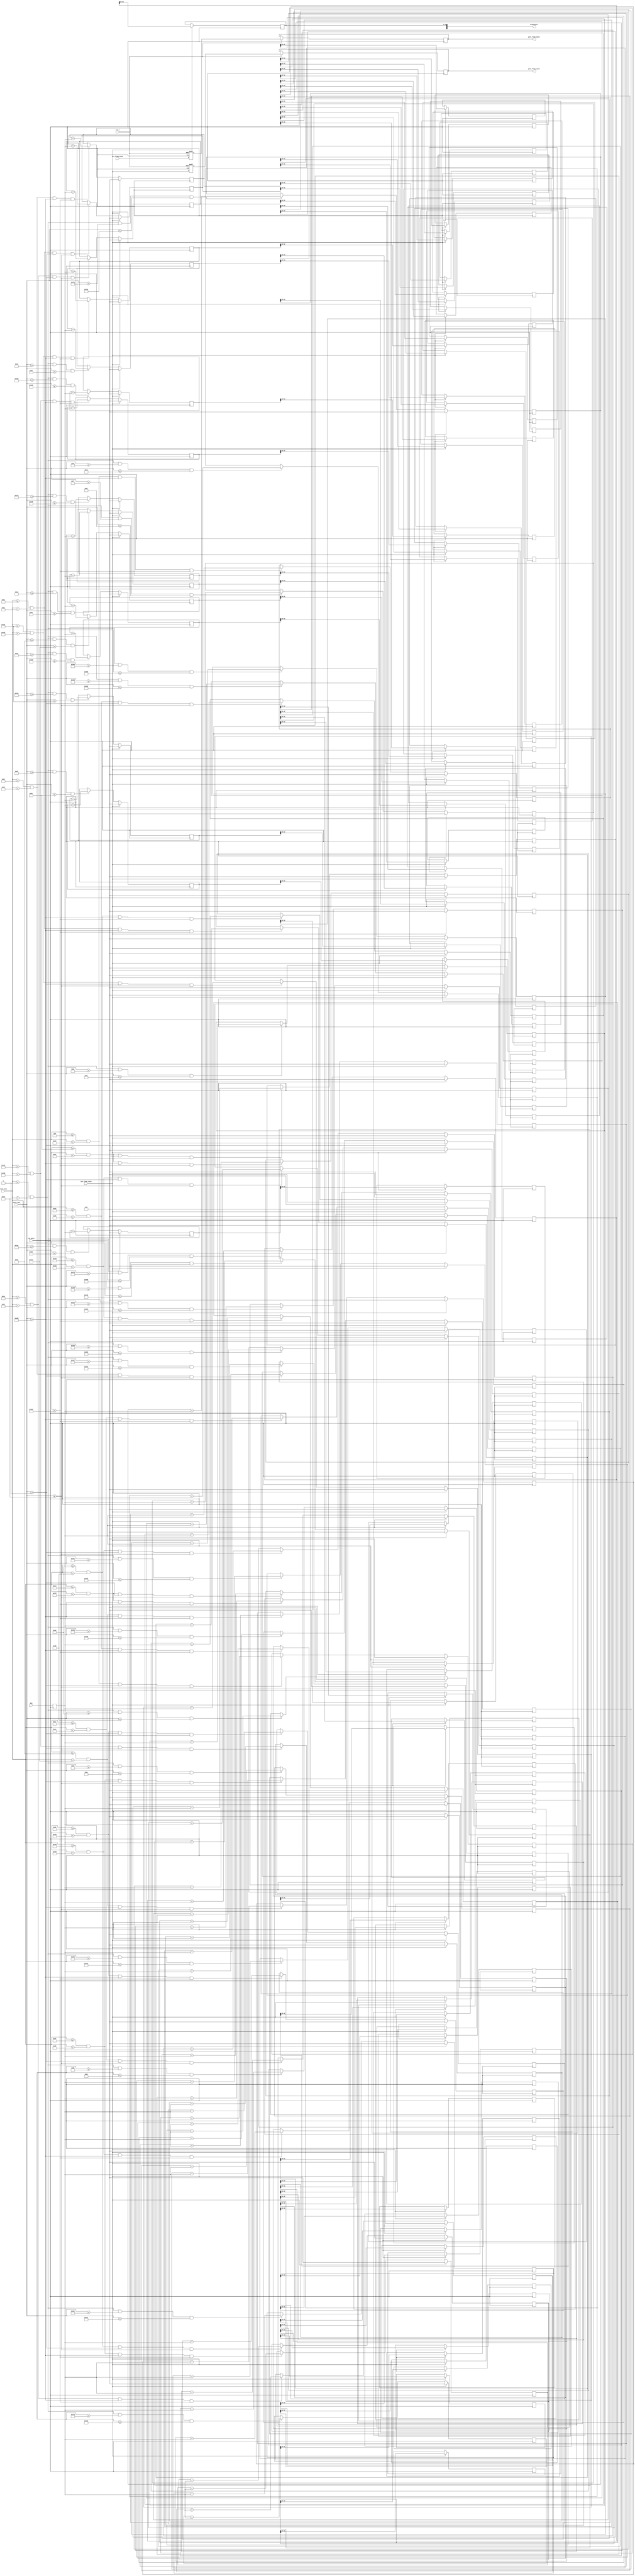
module average 
(    
    //module clock
    input               clk_pixel             ,   // 
    input               rst_n       ,   // 

    //
    input               pre_frame_vsync ,   // vsync
    input               pre_frame_hsync ,   // hsync
    input               [23:0]brg,
	  input               pixel_xpos,
	  input               pixel_ypos,
    //
    output  reg            post_frame_vsync,   // vsync
    output  reg            post_frame_hsync,   // hsync
    output   [1439:0]framebuffer      // 60
);


    parameter           nblocks=60;//
    parameter  [0:11*nblocks-1]  startx={11'd0,11'd0,11'd0,11'd0,11'd0,11'd0,11'd0,11'd0,11'd0,11'd0,11'd0,11'd0,11'd0,11'd0,11'd0,11'd0,11'd0,11'd0,11'd0,11'd0,11'd0,11'd0,11'd0,11'd0,11'd0,11'd0,11'd0,11'd0,
	                      11'd9,11'd59,11'd109,11'd159,11'd209,11'd259,11'd309,11'd359,11'd409,11'd459,11'd509,11'd559,11'd609,11'd659,11'd709,11'd759,
								        11'd759,11'd709,11'd659,11'd609,11'd559,11'd509,11'd459,11'd409,11'd359,11'd309,11'd259,11'd209,11'd159,11'd109,11'd59,11'd9};
	  parameter  [0:11*nblocks-1]  starty={11'd1274,11'd1229,11'd1184,11'd1139,11'd1094,11'd1049,11'd1004,11'd959,11'd914,11'd869,11'd824,11'd779,11'd734,11'd689,
	                      11'd644,11'd599,11'd554,11'd509,11'd464,11'd419,11'd374,11'd329,11'd284,11'd239,11'd194,11'd149,11'd104,11'd59,11'd0,11'd0,11'd0,11'd0,11'd0,11'd0,
									      11'd0,11'd0,11'd0,11'd0,11'd0,11'd0,11'd0,11'd0,11'd0,11'd0,11'd1242,11'd1242,11'd1242,11'd1242,11'd1242,11'd1242,11'd1242,
		                    11'd1242,11'd1242,11'd1242,11'd1242,11'd1242,11'd1242,11'd1242,11'd1242,11'd1242};
	reg                  [23:0]a_brg;								 
	reg                  pre_frame_hsync_d;
	reg                  pre_frame_vsync_d;
	reg         [33:0]	 accumulator  [0:nblocks];
	reg         [1439:0] a_framebuffer ;
integer i;

integer j;

always@(posedge clk_pixel ) begin
    
	for (i=0; i<= nblocks-1; i=i+1) begin 
	      if(pixel_xpos >= startx[11*i+:10] & pixel_xpos < startx[11*i+:10]+6'd32 &
	         pixel_ypos >= starty[11*i+:10] & pixel_ypos <= starty[11*i+:10]+6'd32)
	     // We are a part of block bn. Accumulate the color info.
		
		   accumulator[i] <= accumulator[i]+ a_brg;
	    
	      
  end 
		a_brg <= brg;


   if (pre_frame_vsync == 1'b1 )
			for (j=0; j <= nblocks-1; j=j+1) begin 
				   
					a_framebuffer [(j*24)+:23] <= accumulator[j][33:10];
				  accumulator[j] <=0;
			end 
end 					
         
//2
always@(posedge clk_pixel or negedge rst_n) begin
    if(!rst_n) begin
        pre_frame_vsync_d <= 1'd0;
        pre_frame_hsync_d <= 1'd0;
    end
    else begin
	    pre_frame_vsync_d <= pre_frame_vsync  ;
        post_frame_vsync  <= pre_frame_vsync_d;
		pre_frame_hsync_d <= pre_frame_hsync  ;
        post_frame_hsync  <= pre_frame_hsync_d;
    end
end	

assign framebuffer = a_framebuffer;
		
endmodule